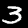
Digit: 3